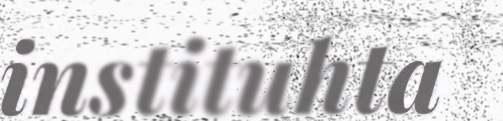
instituhta